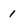
Character: 1